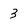
Character: 3